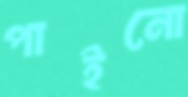
পাইনো